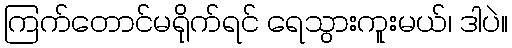
ကြက်တောင်မရိုက်ရင် ရေသွားကူးမယ်၊ ဒါပဲ။